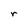
Character: r